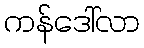
ကန်ဒေါ်လာ